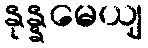
နုန္နမေယျ